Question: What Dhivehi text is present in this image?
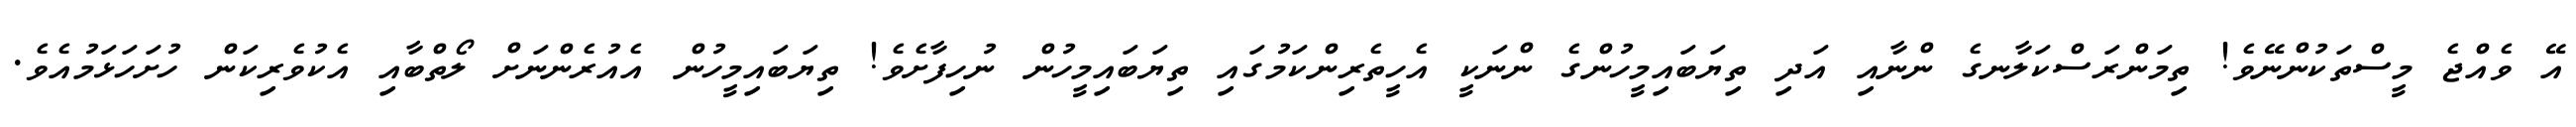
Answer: އޭ ވެއްޖެ މީސްތަކުންނޭވެ! ތިމަންރަސްކަލާނގެ ންނާއި އަދި ތިޔަބައިމީހުންގެ ންނަކީ އެހީތެރިންކަމުގައި ތިޔަބައިމީހުން ނުހިފާށެވެ! ތިޔަބައިމީހުން އެއުރެންނަށް ލޯތްބާއި އެކުވެރިކަން ހުށަހަޅަމުއެވެ.